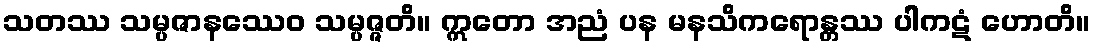
သတဿ သမ္ပဇာနဿေဝ သမ္ပဇ္ဇတိ။ ဣတော အညံ ပန မနသိကရောန္တဿ ပါကဋံ ဟောတိ။